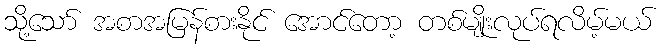
သို့သော် အစာအမြန်စားနိုင် အောင်တော့ တစ်မျိုးလုပ်ရလိမ့်မယ်